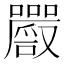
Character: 𡅔